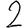
Digit: 2